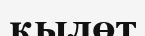
қылөт